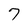
Character: 7